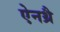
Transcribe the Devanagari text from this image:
ऐनथ्रै